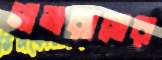
গাভরাসের